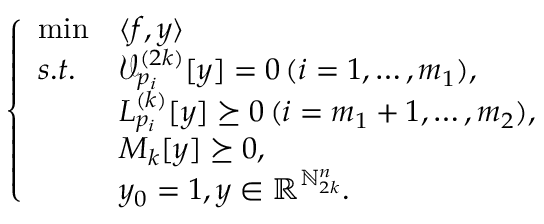
\left\{ \begin{array} { l l l } { \operatorname* { m i n } } & { \langle f , y \rangle } \\ { s . t . } & { \mathcal { V } _ { p _ { i } } ^ { ( 2 k ) } [ y ] = 0 \, ( i = 1 , \ldots , m _ { 1 } ) , } \\ & { L _ { p _ { i } } ^ { ( k ) } [ y ] \succeq 0 \, ( i = m _ { 1 } + 1 , \ldots , m _ { 2 } ) , } \\ & { M _ { k } [ y ] \succeq 0 , } \\ & { y _ { 0 } = 1 , y \in \mathbb { R } ^ { \mathbb { N } _ { 2 k } ^ { n } } . } \end{array} \right.